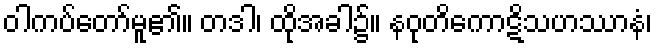
ဝါကပ်တော်မူ၏။ တဒါ၊ ထိုအခါ၌။ နဝုတိကောဋိသဟဿာနံ၊